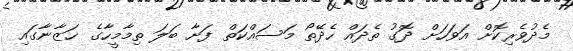
މެދުވެރިކޮށް އަވަހަށް ދޮގު ތެދައް ހެދޭތޯ މަސައްކަތް ފަށާ ބަލަ ތިމާމީހާގެ ޚަޒާނާގައި